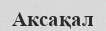
Аксақал